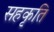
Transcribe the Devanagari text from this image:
सहकृति